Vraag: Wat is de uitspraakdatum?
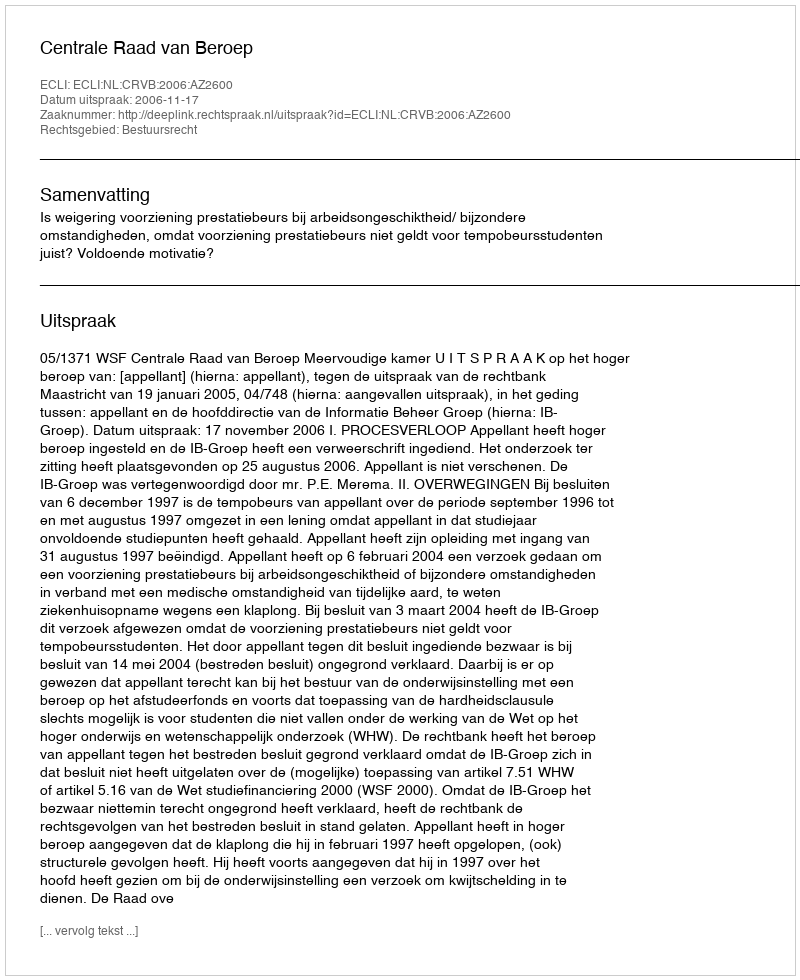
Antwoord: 2006-11-17